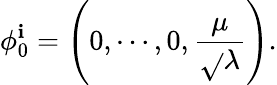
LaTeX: \phi_{0}^{\mathbf{i}}=\left(0,\cdots,0,{\frac{{\mu}}{{\sqrt{}{{\lambda}}}}}\right).